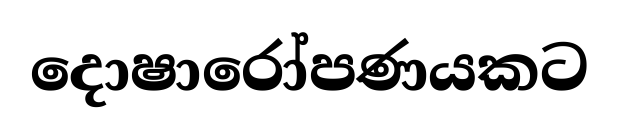
දොෂාරෝපණයකට